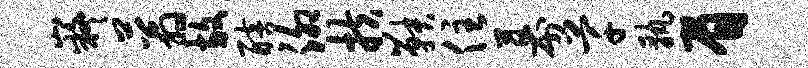
嶷蓊放醅泖扶鞅住幕芊孰眉